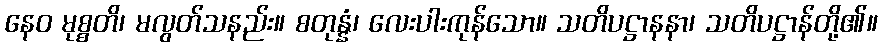
နေဝ မုစ္စတိ၊ မလွတ်သနည်း။ စတုန္နံ၊ လေးပါးကုန်သော။ သတိပဋ္ဌာနနာ၊ သတိပဋ္ဌာန်တို့၏။